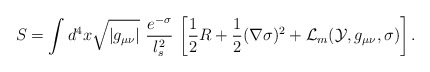
\begin{align*}S = \int d^4 x \sqrt{|g_{\mu\nu}|}\ \frac{e^{-\sigma}}{ l_s^2}\,\left[{1\over 2} R +{1\over 2}(\nabla\sigma)^2 + {\cal L}_m({\cal Y}, g_{\mu\nu}, \sigma) \right] .\end{align*}